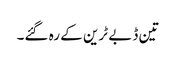
تین ڈبے ٹرین کے رہ گئے۔